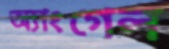
অ্যাংগেল